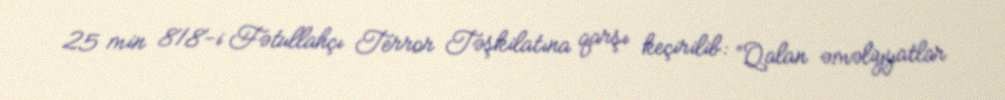
25 min 818-i Fətullahçı Terror Təşkilatına qarşı keçirilib: “Qalan əməliyyatlar